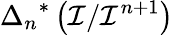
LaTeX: {\Delta_{n}}^{*}\left({\mathcal{I}}/{\mathcal{I}}^{n+1}\right)